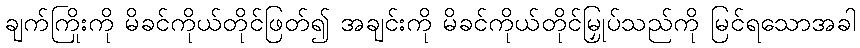
ချက်ကြိုးကို မိခင်ကိုယ်တိုင်ဖြတ်၍ အချင်းကို မိခင်ကိုယ်တိုင်မြှုပ်သည်ကို မြင်ရသောအခါ